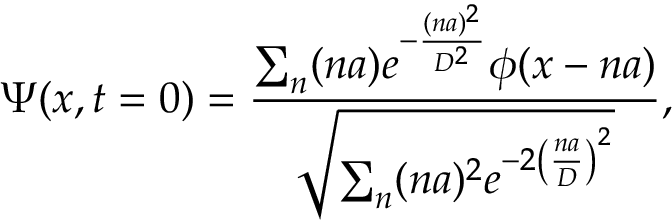
\Psi ( x , t = 0 ) = \frac { \sum _ { n } ( n a ) e ^ { - \frac { ( n a ) ^ { 2 } } { D ^ { 2 } } } \phi ( x - n a ) } { \sqrt { \sum _ { n } ( n a ) ^ { 2 } e ^ { - 2 \left( \frac { n a } { D } \right) ^ { 2 } } } } ,